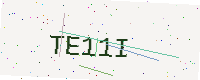
Text: TE11I